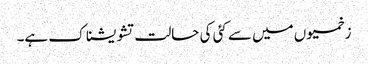
زخمیوں میں سے کئی کی حالت تشویشناک ہے۔